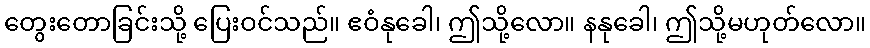
တွေးတောခြင်းသို့ ပြေးဝင်သည်။ ဧဝံနုခေါ၊ ဤသို့လော။ နနုခေါ၊ ဤသို့မဟုတ်လော။